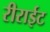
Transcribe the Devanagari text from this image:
रीराईट